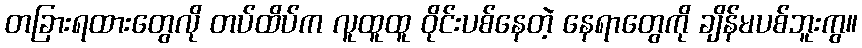
တခြားရထားတွေလို တပ်ထိပ်က လူထူထူ ဝိုင်းပစ်နေတဲ့ နေရာတွေကို ချိန်မပစ်ဘူးကွ။